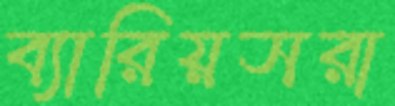
ব্যারিয়সরা